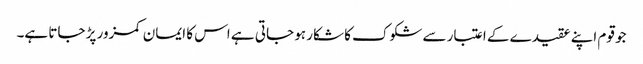
جو قوم اپنے عقیدے کے اعتبار سے شکوک کا شکار ہو جاتی ہے اس کا ایمان کمزور پڑ جاتا ہے۔